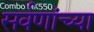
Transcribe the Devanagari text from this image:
सर्वणांच्या